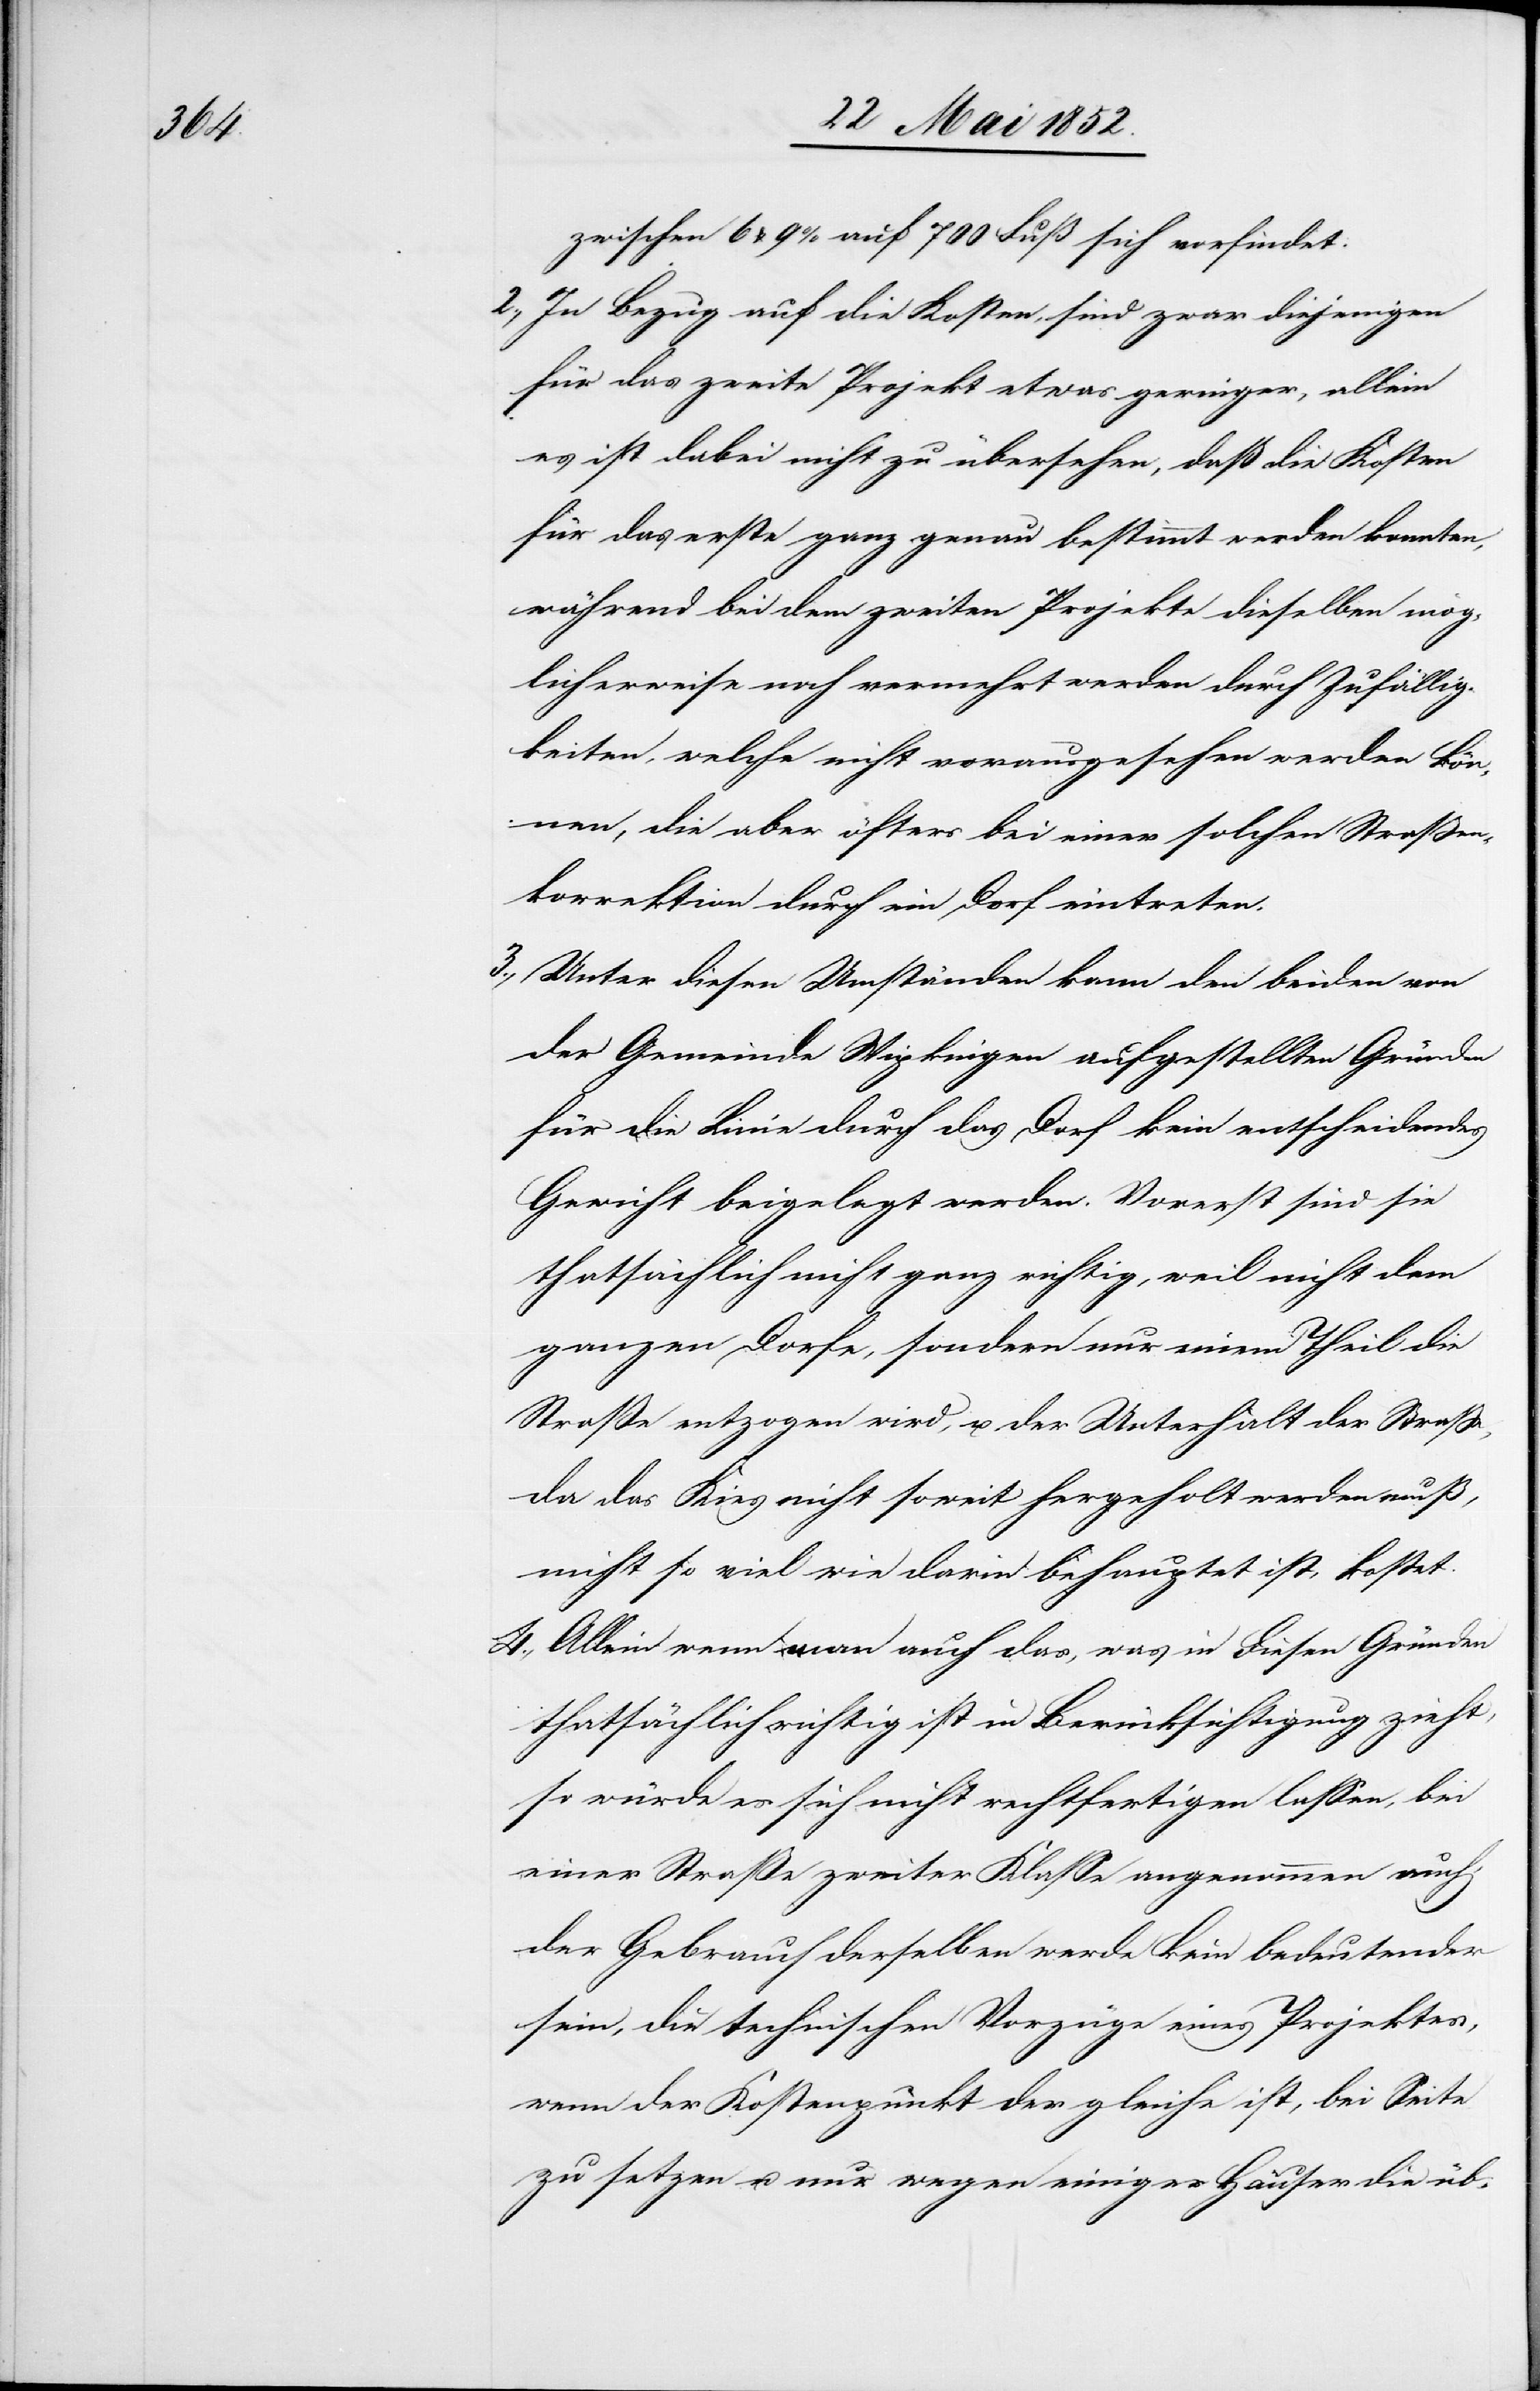
4.,

zwischen 6 & 9% auf 700 Fuß sich vorfindet.
In Bezug auf die Kosten, sind zwar diejenigen
für das zweite Projekt etwas geringer, allein
es ist dabei nicht zu übersehen, daß die Kosten
für das erste ganz genau bestimmt werden konnten,
während bei dem zweiten Projekte dieselben mög¬
licherweise noch vermehrt werden durch Zufällig¬
keiten, welche nicht vorausgesehen werden kön¬
nen, die aber öfters bei einer solchen Strassen¬
korrektion durch ein Dorf eintreten.
Unter diesen Umständen kann den beiden von
der Gemeinde Wipkingen aufgestellten Gründen
für die Linie durch das Dorf kein entscheidendes
Gewicht beigelegt werden. Vorerst sind sie
thatsächlich nicht ganz richtig, weil nicht dem
ganzen Dorfe, sondern nur einem Theil die
Straße entzogen wird, u. der Unterhalt der Strasse,
da das Kies nicht soweit hergeholt werden muß,
nicht so viel wie darin behauptet ist, kostet.
Allein wenn man auch das, was in diesen Gründen
thatsächlich richtig ist in Berücksichtigung zieht,
so würde es sich nicht rechtfertigen lassen, bei
einer Straße zweiter Klasse angenommen auch
der Gebrauch derselben werde kein bedeutender
sein, die technischen Vorzüge eines Projektes,
wenn der Kostenpunkt der gleiche ist, bei Seite
zu setzen u. nur wegen einiger Häuser die üb-